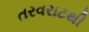
તરવરાટથી